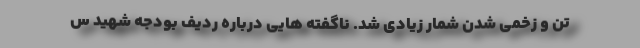
تن و زخمی شدن شمار زیادی شد. ناگفته هایی درباره ردیف بودجه شهید س